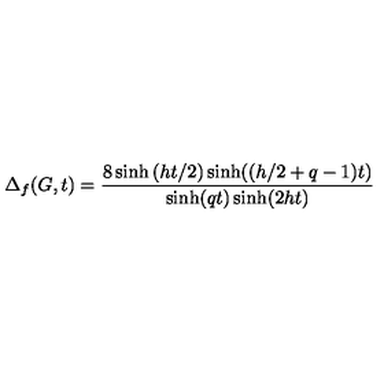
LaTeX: \Delta _ { f } ( G , t ) = \frac { 8 \sinh \left( h t / 2 \right) \sinh ( ( h / 2 + q - 1 ) t ) } { \sinh ( q t ) \sinh ( 2 h t ) }